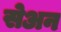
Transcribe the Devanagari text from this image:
सेअन